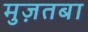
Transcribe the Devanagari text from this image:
मुज़तबा